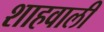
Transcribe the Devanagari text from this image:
शाहवाली